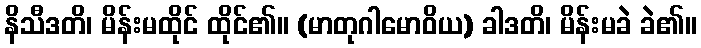
နိသီဒတိ၊ မိန်းမထိုင် ထိုင်၏။ (မာတုဂါမောဝိယ) ခါဒတိ၊ မိန်းမခဲ ခဲ၏။